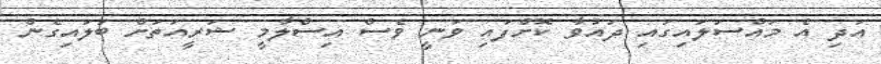
އަދި އެ މައްސަލައިގައި ދައުވާ ކޮށްފައި ވަނީ ވެސް އިސްލާމީ ޝަރީއަތަށް ބަލައިގެން